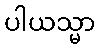
ပါယသ္မာ